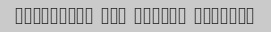
Khoshmaze bud kheili mamnoon